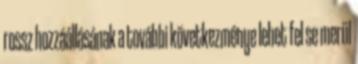
rossz hozzáállásának a további következménye lehet fel se merül